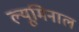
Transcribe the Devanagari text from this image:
ल्यूमिनाल